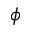
\phi